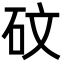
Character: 砇